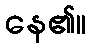
နေ၏။